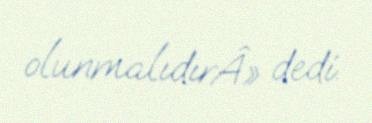
olunmalıdırÂ» dedi.